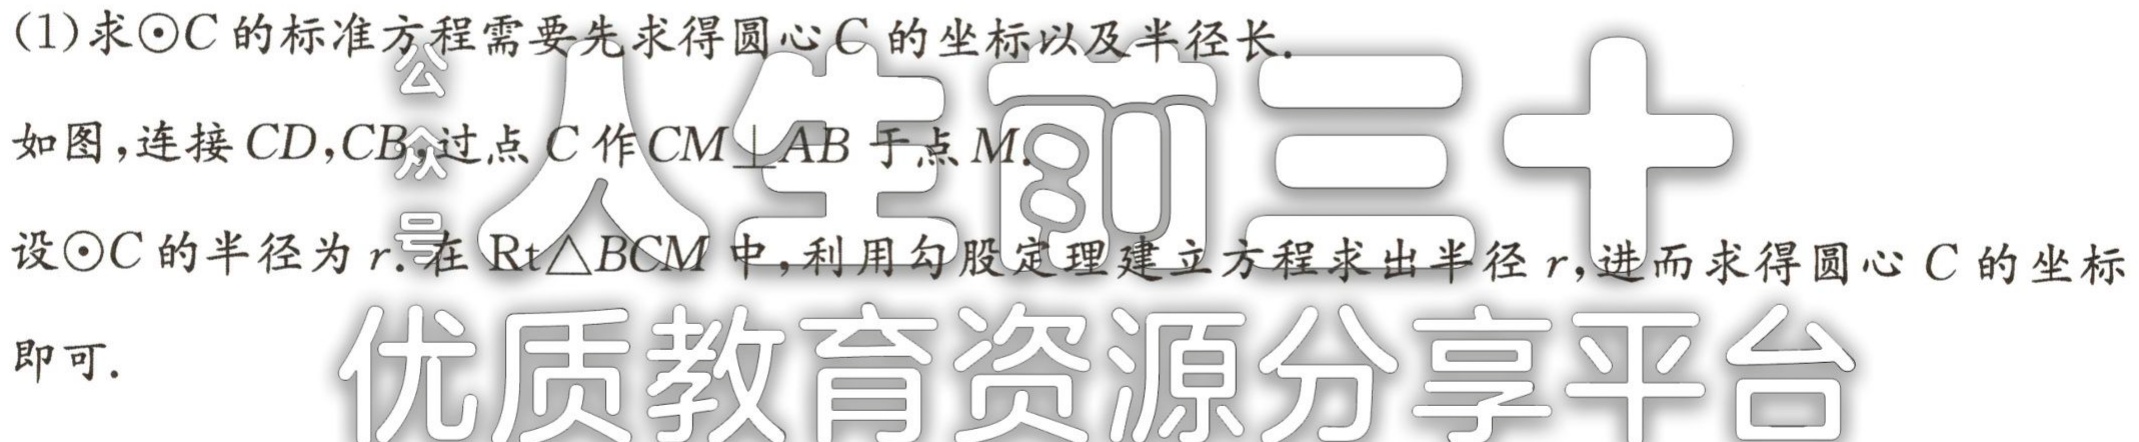
(1)求\(\odot C\)的标准方程需要先求得圆心\(C\)的坐标以及半径长.

如图，连接\(CD,CB\)，过点\(C\)作\(CM\perp AB\)于点\(M\).

设\(\odot C\)的半径为\(r\).在\(\text{Rt}\triangle BCM\)中，利用勾股定理建立方程求出半径\(r\)，进而求得圆心\(C\)的坐标

即可.